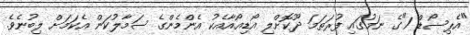
"އެޕިސޯޑް 1"ގެ ނަމުގައި ފުރަތަމަ ދޫކޮށްލި އޯޑިއޯއާއެކު އެންމެންގެ ސަމާލުކަން އެކަމަށް ލިބުނެވެ.